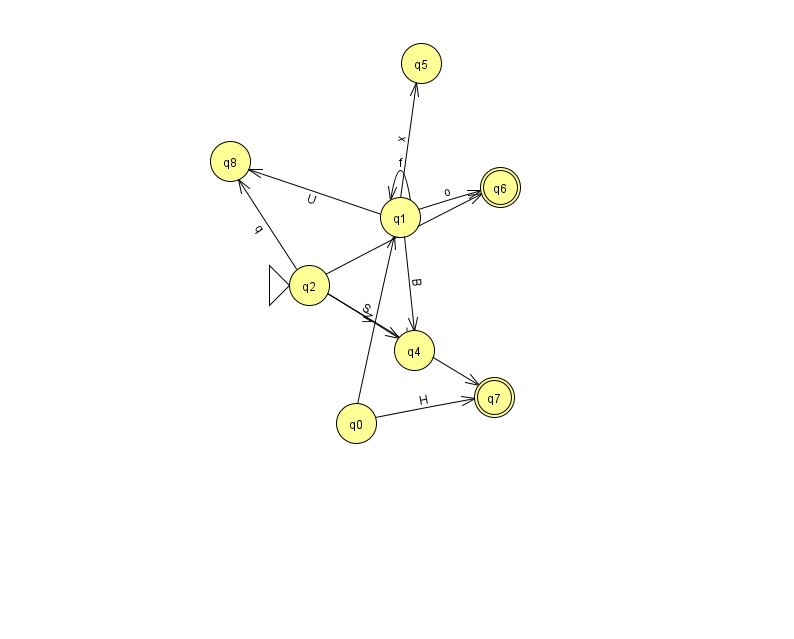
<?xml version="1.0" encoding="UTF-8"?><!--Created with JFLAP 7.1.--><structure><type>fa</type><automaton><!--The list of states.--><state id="0" name="q0"><x>356.0</x><y>410.0</y></state><state id="1" name="q1"><x>400.0</x><y>204.0</y></state><state id="2" name="q2"><x>309.0</x><y>272.0</y><initial/></state><state id="4" name="q4"><x>414.0</x><y>337.0</y></state><state id="5" name="q5"><x>421.0</x><y>50.0</y></state><state id="6" name="q6"><x>500.0</x><y>174.0</y><final/></state><state id="7" name="q7"><x>494.0</x><y>384.0</y><final/></state><state id="8" name="q8"><x>230.0</x><y>148.0</y></state><!--The list of transitions.--><transition><from>1</from><to>5</to><read>x</read></transition><transition><from>1</from><to>8</to><read>U</read></transition><transition><from>2</from><to>8</to><read>q</read></transition><transition><from>2</from><to>7</to><read>Y</read></transition><transition><from>2</from><to>6</to><read>x</read></transition><transition><from>1</from><to>1</to><read>f</read></transition><transition><from>1</from><to>6</to><read>o</read></transition><transition><from>1</from><to>4</to><read>B</read></transition><transition><from>0</from><to>1</to><read>W</read></transition><transition><from>0</from><to>7</to><read>H</read></transition><transition><from>2</from><to>4</to><read>S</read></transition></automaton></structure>